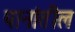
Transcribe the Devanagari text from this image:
पानांतील